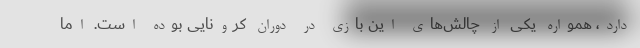
دارد، همواره یکی از چالش‌های این بازی در دوران کرونایی بوده است. اما